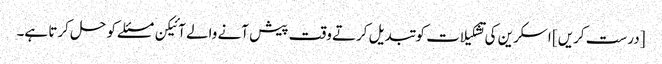
[درست کریں] اسکرین کی تشکیلات کو تبدیل کرتے وقت پیش آنے والے آئیکن مسئلے کو حل کرتا ہے۔